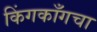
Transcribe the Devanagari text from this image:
किंगकाँगचा